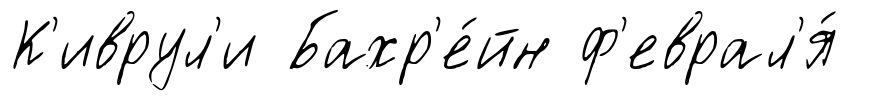
К'иврул'и Бахр'е́йн ф'еврал'я́